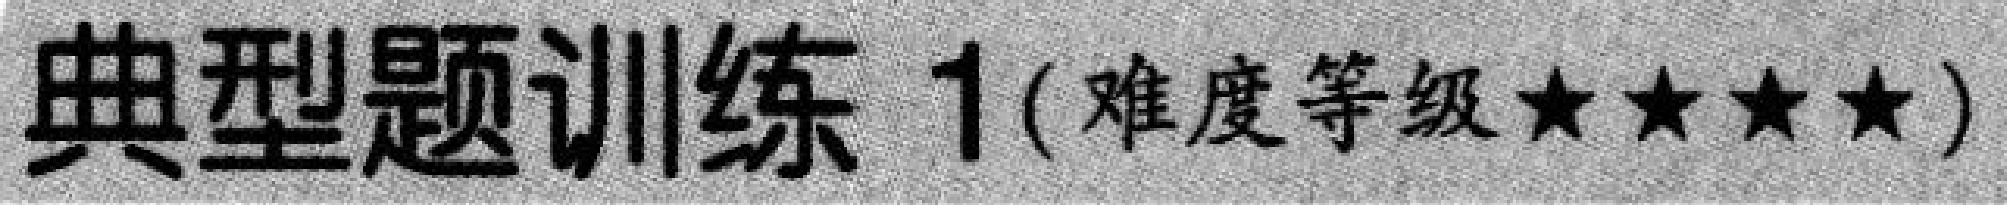
典型题训练 1(难度等级★★★★)